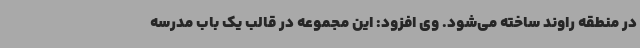
در منطقه راوند ساخته می‌شود. وی افزود: این مجموعه در قالب یک باب مدرسه